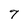
Character: 7